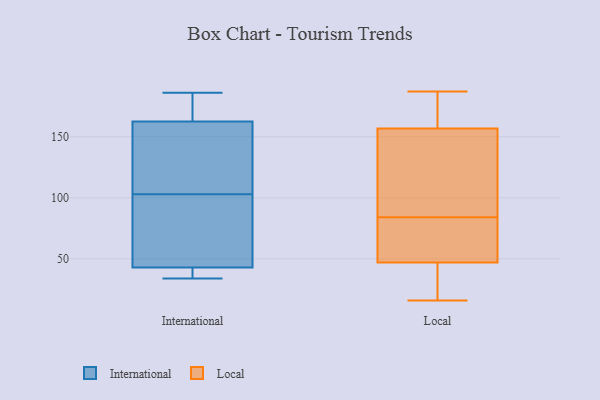
{"axis": {"x": "Website Visitors", "y": "Value"}, "legend": ["International", "Local"], "data": [{"x": "", "y": 142, "type": "International"}, {"x": "", "y": 162, "type": "International"}, {"x": "", "y": 145, "type": "International"}, {"x": "", "y": 39, "type": "International"}, {"x": "", "y": 103, "type": "International"}, {"x": "", "y": 34, "type": "International"}, {"x": "", "y": 186, "type": "International"}, {"x": "", "y": 171, "type": "International"}, {"x": "", "y": 44, "type": "International"}, {"x": "", "y": 91, "type": "International"}, {"x": "", "y": 164, "type": "International"}, {"x": "", "y": 40, "type": "International"}, {"x": "", "y": 87, "type": "International"}, {"x": "", "y": 16, "type": "Local"}, {"x": "", "y": 74, "type": "Local"}, {"x": "", "y": 38, "type": "Local"}, {"x": "", "y": 78, "type": "Local"}, {"x": "", "y": 84, "type": "Local"}, {"x": "", "y": 126, "type": "Local"}, {"x": "", "y": 26, "type": "Local"}, {"x": "", "y": 96, "type": "Local"}, {"x": "", "y": 102, "type": "Local"}, {"x": "", "y": 187, "type": "Local"}, {"x": "", "y": 175, "type": "Local"}, {"x": "", "y": 167, "type": "Local"}, {"x": "", "y": 16, "type": "Local"}, {"x": "", "y": 174, "type": "Local"}, {"x": "", "y": 82, "type": "Local"}]}